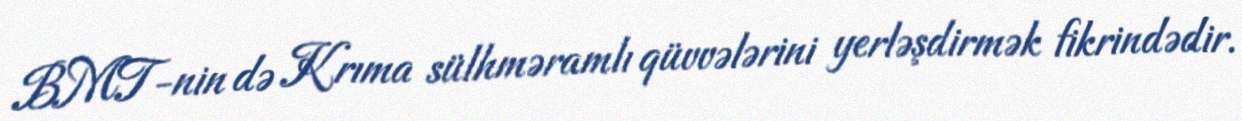
BMT-nin də Krıma sülhməramlı qüvvələrini yerləşdirmək fikrindədir.